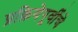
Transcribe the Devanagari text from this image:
प्रक्रियेपूर्वीचे